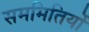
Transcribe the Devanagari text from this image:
सममितियों